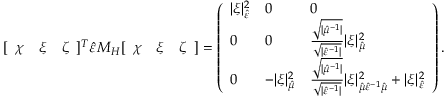
[ \begin{array} { l l l } { \chi } & { \xi } & { \zeta } \end{array} ] ^ { T } \hat { \varepsilon } { M _ { H } } [ \begin{array} { l l l } { \chi } & { \xi } & { \zeta } \end{array} ] = \left( \begin{array} { l l l } { \lvert \xi \rvert _ { \hat { \varepsilon } } ^ { 2 } } & { 0 } & { 0 } \\ { 0 } & { 0 } & { \frac { \sqrt { \lvert \hat { \mu } ^ { - 1 } \rvert } } { \sqrt { \lvert \hat { \varepsilon } ^ { - 1 } \rvert } } \lvert \xi \rvert _ { \hat { \mu } } ^ { 2 } } \\ { 0 } & { - \lvert \xi \rvert _ { \hat { \mu } } ^ { 2 } } & { \frac { \sqrt { \lvert \hat { \mu } ^ { - 1 } \rvert } } { \sqrt { \lvert \hat { \varepsilon } ^ { - 1 } \rvert } } \lvert \xi \rvert _ { \hat { \mu } \hat { \varepsilon } ^ { - 1 } \hat { \mu } } ^ { 2 } + \lvert \xi \rvert _ { \hat { \varepsilon } } ^ { 2 } } \end{array} \right) .